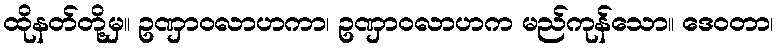
ထိုနတ်တို့မှ။ ဥဏှာဝလာဟကာ၊ ဥဏှာဝလာဟက မည်ကုန်သော။ ဒေဝတာ၊